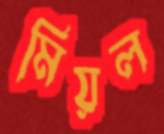
মিয়ল